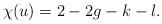
LaTeX: \begin{align*}\chi(u) = 2-2g-k-l.\end{align*}